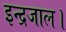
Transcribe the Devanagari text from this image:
इन्द्रजाल।